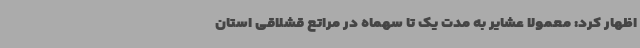
اظهار کرد: معمولاً عشایر به مدت یک تا سهماه در مراتع قشلاقی استان